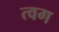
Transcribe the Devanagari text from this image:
त्वग